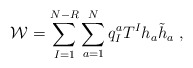
\begin{align*}{\cal W}=\sum_{I=1}^{N-R} \sum_{a=1}^{N} q_I^a T^I h_a \tilde h_a\; ,\end{align*}